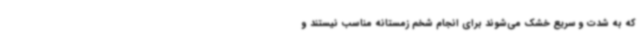
که به شدت و سریع خشک می‌شوند برای انجام شخم زمستانه مناسب نیستند و